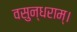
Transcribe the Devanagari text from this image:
वसुन्धराम्।